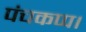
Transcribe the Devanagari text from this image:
पंचकप्प।